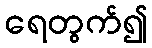
ရေတွက်၍